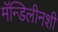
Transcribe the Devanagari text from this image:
मॅन्डिलीनशी